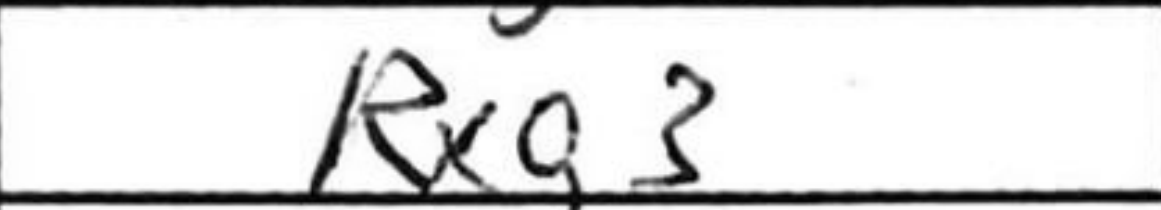
Transcription: Rxg3